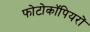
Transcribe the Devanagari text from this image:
फोटोकॉपियरों